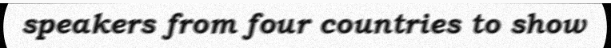
speakers from four countries to show